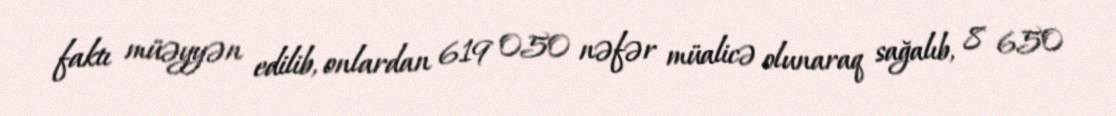
faktı müəyyən edilib, onlardan 619 050 nəfər müalicə olunaraq sağalıb, 8 650